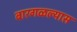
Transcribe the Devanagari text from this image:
बारगळल्यास